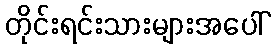
တိုင်းရင်းသားများအပေါ်